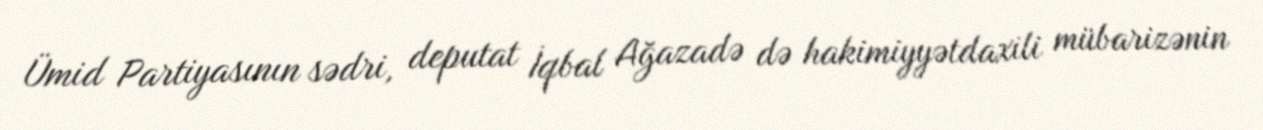
Ümid Partiyasının sədri, deputat İqbal Ağazadə də hakimiyyətdaxili mübarizənin